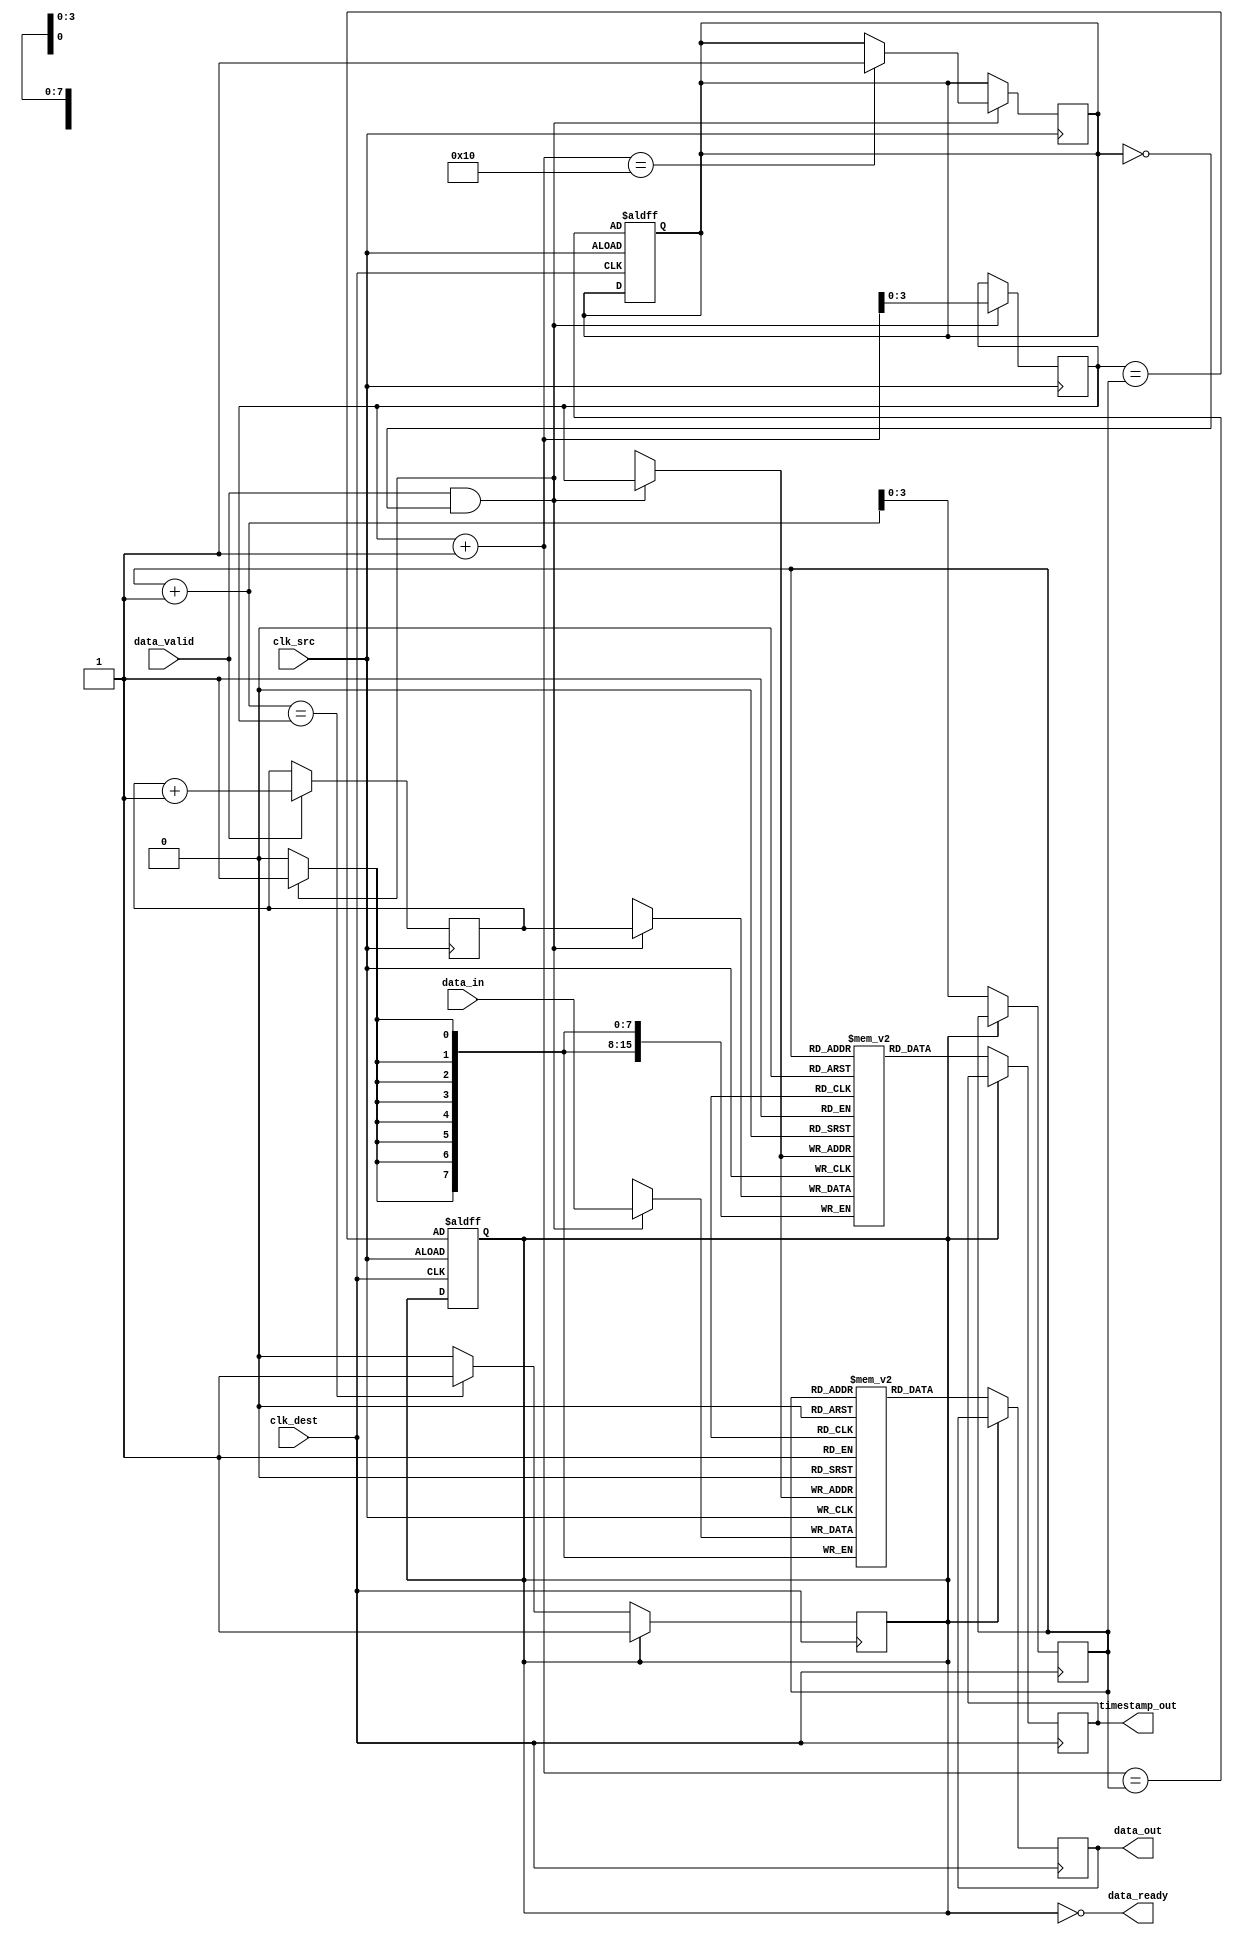
module TimeStampedSynchronizer #(
    parameter DATA_WIDTH = 8,
    parameter TIMESTAMP_WIDTH = 16,
    parameter FIFO_DEPTH = 16
)(
    input wire clk_src,                    // Source clock
    input wire clk_dest,                   // Destination clock
    input wire [DATA_WIDTH-1:0] data_in,  // Data input from source
    input wire data_valid,                 // Data valid signal
    output wire [DATA_WIDTH-1:0] data_out, // Synchronized data output to destination
    output wire [TIMESTAMP_WIDTH-1:0] timestamp_out, // Synchronized timestamp output
    output wire data_ready                 // Data ready signal for destination
);

    // Timestamp generator
    reg [TIMESTAMP_WIDTH-1:0] timestamp_counter;
    always @(posedge clk_src) begin
        if (data_valid) begin
            timestamp_counter <= timestamp_counter + 1;
        end
    end

    // Dual-port FIFO for data and timestamp storage
    reg [DATA_WIDTH-1:0] fifo_data [0:FIFO_DEPTH-1];
    reg [TIMESTAMP_WIDTH-1:0] fifo_timestamp [0:FIFO_DEPTH-1];
    reg [3:0] write_pointer, read_pointer;
    reg fifo_full, fifo_empty;

    // Write logic
    always @(posedge clk_src) begin
        if (data_valid && !fifo_full) begin
            fifo_data[write_pointer] <= data_in;
            fifo_timestamp[write_pointer] <= timestamp_counter;
            write_pointer <= write_pointer + 1;
            if (write_pointer + 1 == FIFO_DEPTH) begin
                fifo_full <= 1;
            end
        end
    end

    // Read logic
    assign data_ready = !fifo_empty;

    always @(posedge clk_dest) begin
        if (!fifo_empty) begin
            data_out <= fifo_data[read_pointer];
            timestamp_out <= fifo_timestamp[read_pointer];
            read_pointer <= read_pointer + 1;
            if (read_pointer + 1 == write_pointer) begin
                fifo_empty <= 1;
            end
        end
    end

    // FIFO management
    always @(posedge clk_src or posedge clk_dest) begin
        if (clk_src) begin
            fifo_empty <= (write_pointer == read_pointer);
            fifo_full <= (write_pointer + 1 == read_pointer);
        end
    end

    // Reset logic for pointers and states
    initial begin
        write_pointer = 0;
        read_pointer = 0;
        fifo_full = 0;
        fifo_empty = 1;
        timestamp_counter = 0;
    end

endmodule